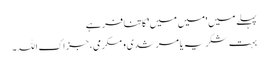
پہلے میں 'میں میں' کا تنافر ہے
بہت شکریہ یا مرشدی و مکرمی، جزاک اللہ۔